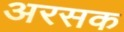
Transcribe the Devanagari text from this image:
अरसक